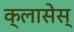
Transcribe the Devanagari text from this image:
क्लासेस्